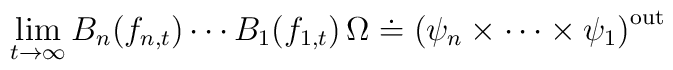
\lim_{t\rightarrow\infty} B_n(f_{n,t})\cdots B_1(f_{1,t})\,\Omega \doteq\big(\psi_n\times\cdots\times\psi_1\big)^{{\rm out}}\,